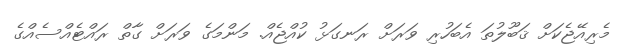
މެރިއޭޖެކަށް ޤަބޫލުތަ އެބަހުރި ވަރަށް ރަނގަޅު ކުއްޖެއް. މަންމަގެ ވަރަށް ގާތް ރައްޓެއްސެއްގެ